Indian journal of veterinary science and animal husbandry - Volume 3,
Year: 1933
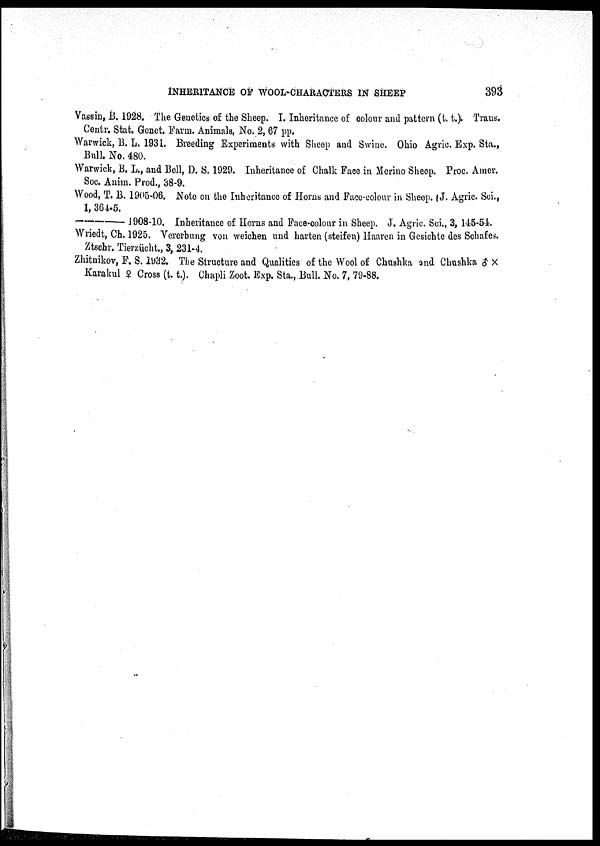
INHERITANCE OF WOOL-CHARACTERS IN SHEEP
393
Vassin, B. 1928. The Genetics of the Sheep. I. Inheritance of colour and pattern (t. t.). Trans.
Centr. Stat. Genet. Farm. Animals, No. 2, 67 pp.
Warwick, B. L. 1931. Breeding Experiments with Sheep and Swine. Ohio Agric. Exp. Sta.,
Bull. No. 480.
Warwick, B. L., and Bell, D. S. 1929. Inheritance of Chalk Face in Merino Sheep. Proc. Amer.
Soc. Anim. Prod., 38-9.
Wood, T. B. 1905-06. Note on the Inheritance of Horns and Face-colour in Sheep. J. Agric. Sci.,
1, 364-5.
—1908-10.
Inheritance of Horns and Face-colour in Sheep. J. Agric. Sci., 3, 145-54.
Wriedt, Ch. 1925. Vererbung von weichen und harten (steifen) Haaren in Gesichte des Schafes.
Ztschr. Tierzücht., 3, 231-4.
Zhitnikov, F. S. 1932. The Structure and Qualities of the Wool of Chushka and Chushka ♂ ×
Karakul ♀ Cross (t.t.). Chapli Zoot. Exp. Sta., Bull. No. 7, 79-88.